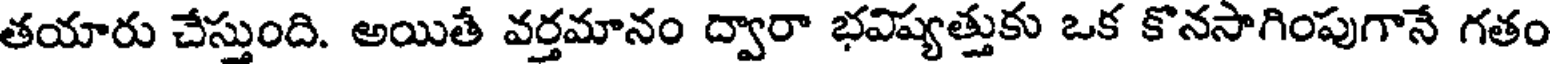
తయారు చేస్తుంది. అయితే వర్తమానం ద్వారా భవిష్యత్తుకు ఒక కొనసాగింపుగానే గతం